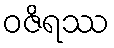
ဝဇိရဿ